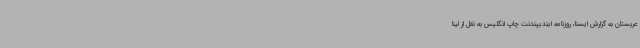
عربستان به گزارش ایسنا، روزنامه ایندیپندنت چاپ انگلیس به نقل از لینا